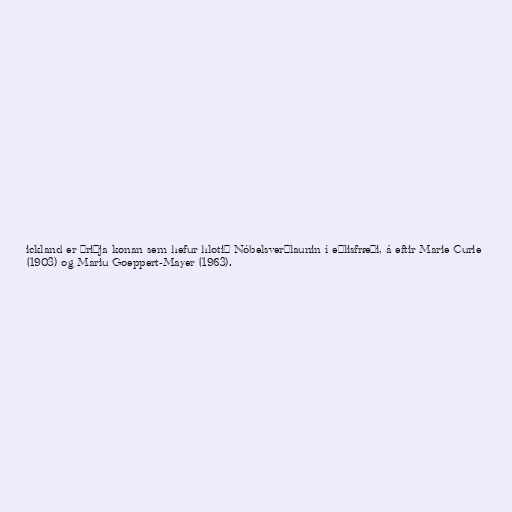
ickland er þriðja konan sem hefur hlotið Nóbelsverðlaunin í eðlisfræði, á eftir Marie Curie
(1903) og Mariu Goeppert-Mayer (1963).